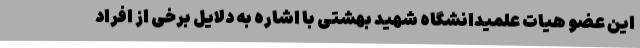
این عضو هیات علمیدانشگاه شهید بهشتی با اشاره به دلایل برخی از افراد